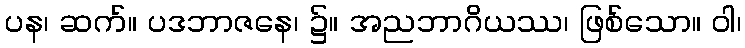
ပန၊ ဆက်။ ပဒဘာဇနေ၊ ၌။ အညဘာဂိယဿ၊ ဖြစ်သော။ ဝါ၊